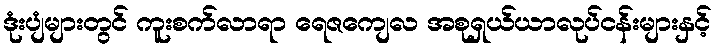
ဒုံးပျံများတွင် ကူးစက်လာရာ ရေဇကျေလ အစုရှယ်ယာလုပ်ငန်းများနှင့်